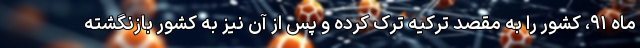
ماه ۹۱، کشور را به مقصد ترکیه ترک کرده و پس از آن نیز به کشور بازنگشته